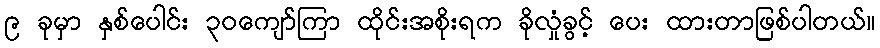
၉ ခုမှာ နှစ်ပေါင်း ၃၀ကျော်ကြာ ထိုင်းအစိုးရက ခိုလှုံခွင့် ပေး ထားတာဖြစ်ပါတယ်။